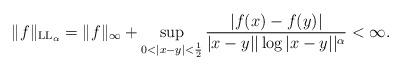
LaTeX: \begin{align*}\| f\|_{\operatorname{LL}_{\alpha}} = \| f \|_{\infty} + \sup_{0<|x-y|<\frac 12}\frac{|f(x)-f(y)|}{|x-y| |\log |x-y||^{\alpha}}<\infty.\end{align*}